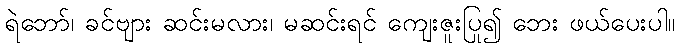
ရဲဘော်၊ ခင်ဗျား ဆင်းမလား၊ မဆင်းရင် ကျေးဇူးပြု၍ ဘေး ဖယ်ပေးပါ။